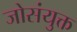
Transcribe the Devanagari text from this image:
जोसंयुक्त